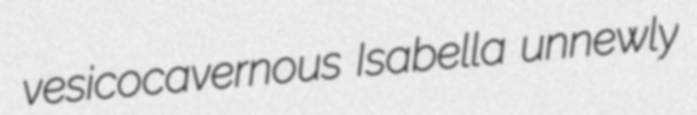
vesicocavernous Isabella unnewly